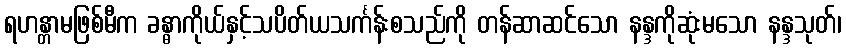
ရဟန္တာမဖြစ်မီက ခန္ဓာကိုယ်နှင့်သပိတ်ယသင်္ကန်းစသည်ကို တန်ဆာဆင်သော နန္ဒကိုဆုံးမသော နန္ဒသုတ်၊